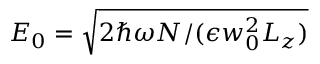
E _ { 0 } = \sqrt { 2 \hbar \omega { \cal N } / ( \epsilon w _ { 0 } ^ { 2 } L _ { z } ) }